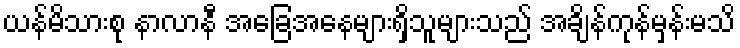
ယန်မိသားစု နာလာနီ အခြေအနေများရှိသူများသည် အချိန်ကုန်မှန်းမသိ